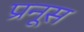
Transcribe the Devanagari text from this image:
प्रनूस